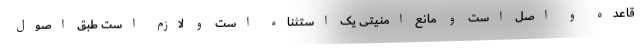
قاعده و اصل است و مانع امنیتی یک استثناء است و لازم است طبق اصول